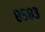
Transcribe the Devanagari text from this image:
८५८३